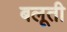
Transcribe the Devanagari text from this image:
बलूती